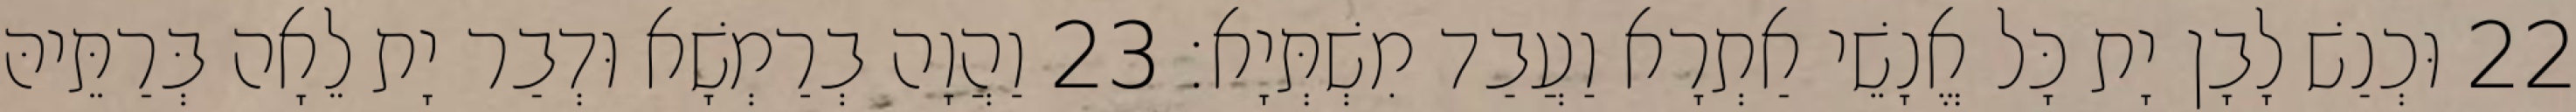
22 וּכְנַשׁ לָבָן יָת כָּל אֱנָשֵׁי אַתְרָא וַעֲבַד מִשְׁתְּיָא׃ 23 וַהֲוָה בְרַמְשָׁא וּדְבַר יָת לֵאָה בְּרַתֵּיהּ